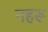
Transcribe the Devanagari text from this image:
नहरू